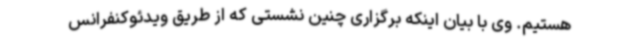
هستیم. وی با بیان اینکه برگزاری چنین نشستی که از طریق ویدئوکنفرانس